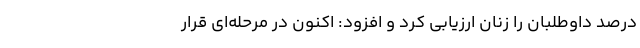
درصد داوطلبان را زنان ارزیابی کرد و افزود: اکنون در مرحله‌ای قرار